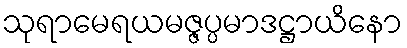
သုရာမေရယမဇ္ဇပ္ပမာဒဋ္ဌာယိနော